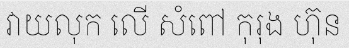
វាយលុក លើ សំពៅ កុរុង ហ៊ុន